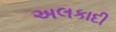
અલકાદી